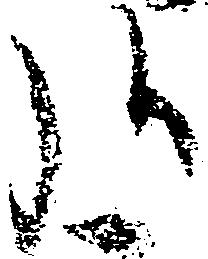
弘